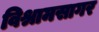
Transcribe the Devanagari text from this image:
विश्रामसागर